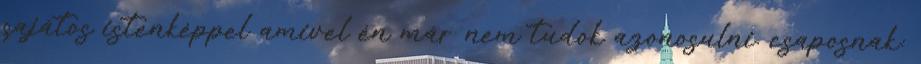
sajátos istenképpel amivel én már nem tudok azonosulni. csaposnak: